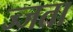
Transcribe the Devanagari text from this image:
ज्जता